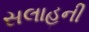
સલાહની